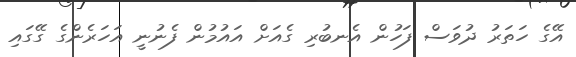
އޭގެ ހަތަރު ދުވަސް ފަހުން އެނބުރި ގެއަށް އައުމުން ފެނުނީ އަހަރެންގެ ގޭގައި